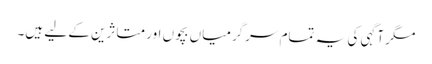
مگر آگہی کی یہ تمام سرگرمیاں بچوں اور متاثرین کے لیے ہیں۔